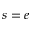
s = e